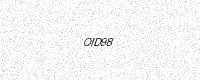
Text: OID98